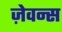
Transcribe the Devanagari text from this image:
ज़ेवन्स